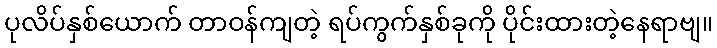
ပုလိပ်နှစ်ယောက် တာဝန်ကျတဲ့ ရပ်ကွက်နှစ်ခုကို ပိုင်းထားတဲ့နေရာဗျ။